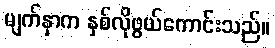
မျက်နှာက နှစ်လိုဖွယ်ကောင်းသည်။